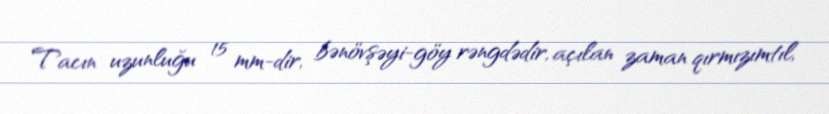
Tacın uzunluğu 15 mm-dir, bənövşəyi-göy rəngdədir, açılan zaman qırmızımtıl,